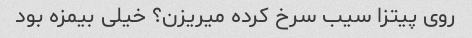
روی پیتزا سیب سرخ کرده میریزن؟ خیلی بیمزه بود